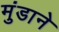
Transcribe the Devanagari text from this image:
मुंडाने